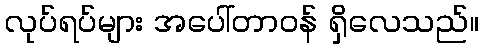
လုပ်ရပ်များ အပေါ်တာဝန် ရှိလေသည်။